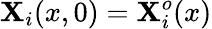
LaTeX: \mathbf{X}_{i}(x,0)=\mathbf{X}_{i}^{o}(x)